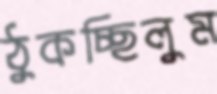
ঠুকচ্ছিলুম